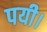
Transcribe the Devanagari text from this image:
पयी।